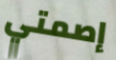
إصمتي